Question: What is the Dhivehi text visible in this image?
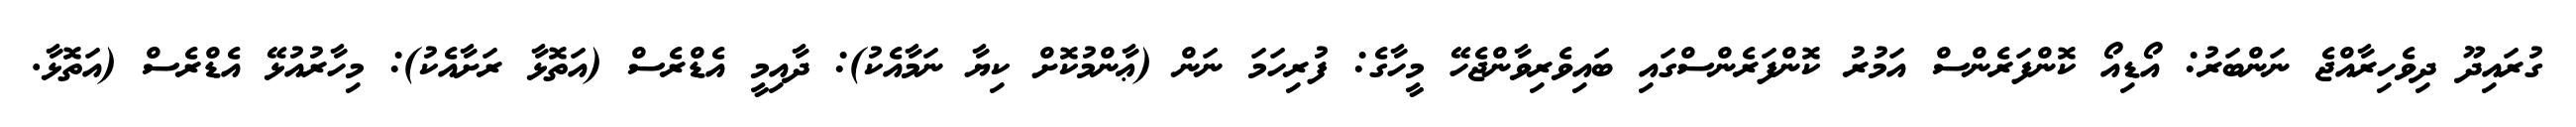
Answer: ގުރައިދޫ ދިވެހިރާއްޖެ ނަންބަރު: އޯޑިއޯ ކޮންފަރެންސް އަމުރު ކޮންފަރެންސްގައި ބައިވެރިވާންޖެހޭ މީހާގެ: ފުރިހަމަ ނަން (ޢާންމުކޮށް ކިޔާ ނަމާއެކު): ދާއިމީ އެޑްރެސް (އަތޮޅާ ރަށާއެކު): މިހާރުއުޅޭ އެޑްރެސް (އަތޮޅާ.